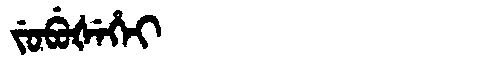
Manchu: ᠵᡠᠪᡠᡧᡝᡥᡝᡳ
Romanization: JUBUŠEHEI